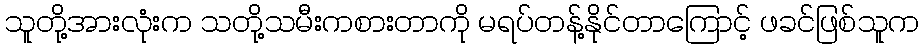
သူတို့အားလုံးက သတို့သမီးကစားတာကို မရပ်တန့်နိုင်တာကြောင့် ဖခင်ဖြစ်သူက